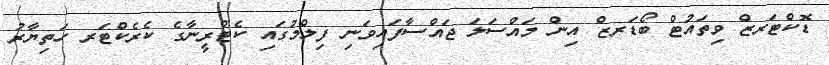
ޑޮކްޓަރޒް ވިތައުޓް ބޯޑަރޒް އިން މައްސަލަ ޖައްސާފައިވަނި ފިލްމުގައި ކެޓްރީނާގެ ކެރެކްޓަރ ހަތިޔާރު